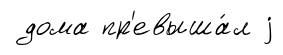
дома пр'евыша́л j